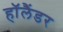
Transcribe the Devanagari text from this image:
हॉलैंडर